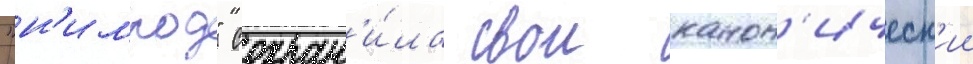
"н'имрод" сохран'и́ла свои канон'ическ'ии